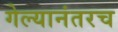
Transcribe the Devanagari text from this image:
गेल्यानंतरच